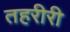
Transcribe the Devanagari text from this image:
तहरीरी